Insane asylums Bombay 1873-77 - 1873-1877
Year: 1873
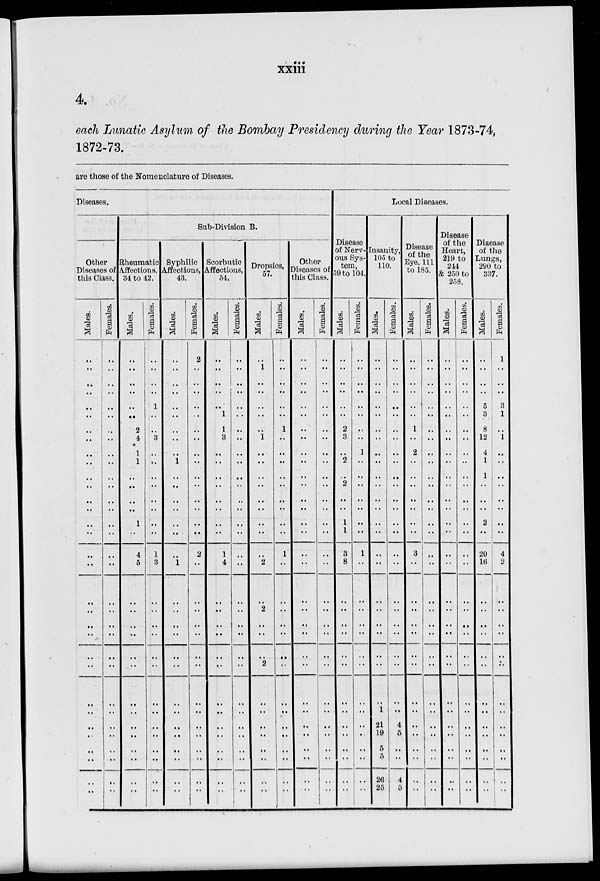
xxiii
4.
each Lunatic Asylum of the Bombay Presidency during the Year 1873-74,
1872-73.
are those of the Nomenclature of Diseases.
Diseases.
Other
Diseases of
this Class.
Males.
..
..
..
..
..
..
..
..
..
..
..
..
..
..
..
..
..
..
..
..
..
..
..
..
..
..
..
..
..
..
..
..
Females.
..
..
..
..
..
..
..
..
..
..
..
..
..
..
..
..
..
..
..
..
..
..
..
..
..
..
..
..
..
..
..
..
Sub-Division B.
Rheumatic
Affections,
34 to 42.
Males.
..
..
..
..
..
..
2
4
1
1
..
..
..
..
1
..
4
5
..
..
..
..
..
..
..
..
..
..
..
..
..
..
Females.
..
..
..
..
1
..
..
3
..
..
..
..
..
..
..
..
1
3
..
..
..
..
..
..
..
..
..
..
..
..
..
..
Syphilic
Affections,
43.
Males.
..
..
..
..
..
..
..
..
..
1
..
..
..
..
..
..
..
1
..
..
..
..
..
..
..
..
..
..
..
..
..
..
Females.
2
..
..
..
..
..
..
..
..
..
..
..
..
..
..
..
2
..
..
..
..
..
..
..
..
..
..
..
..
..
..
..
Scorbutic
Affections,
54.
Males.
..
..
..
..
..
1
1
3
..
..
..
..
..
..
..
..
1
4
..
..
..
..
..
..
..
..
..
..
..
..
..
..
Females.
..
..
..
..
..
..
..
..
..
..
..
..
..
..
..
..
..
..
..
..
..
..
..
..
..
..
..
..
..
..
..
..
Dropsies,
57.
Males.
..
1
..
..
..
..
..
1
..
..
..
..
..
..
..
..
..
2
..
2
..
..
..
2
..
..
..
..
..
..
..
..
Females.
..
..
..
..
..
..
1
..
..
..
..
..
..
..
..
..
1
..
..
..
..
..
..
..
..
..
..
..
..
..
..
..
Other
Diseases of
this Class.
Males.
..
..
..
..
..
..
..
..
..
..
..
..
..
..
..
..
..
..
..
..
..
..
..
..
..
..
..
..
..
..
..
..
Females.
..
..
..
..
..
..
..
..
..
..
..
..
..
..
..
..
..
..
..
..
..
..
..
..
..
..
..
..
..
..
..
..
Local Diseases.
Disease
of Nerv-
ous Sys-
tem,
59 to 104.
Males.
..
..
..
..
..
..
2
3
..
2
..
2
..
..
1
1
3
8
..
..
..
..
..
..
..
..
..
..
..
..
..
..
Females.
..
..
..
..
..
..
..
..
1
..
..
..
..
..
..
..
1
..
..
..
..
..
..
..
..
..
..
..
..
..
..
..
Insanity,
105 to
110.
Males.
..
..
..
..
..
..
..
..
..
..
..
..
..
..
..
..
..
..
..
..
..
..
..
..
..
1
21
19
..
..
26
25
Females.
..
..
..
..
..
..
..
..
..
..
..
..
..
..
..
..
..
..
..
..
..
..
..
..
..
..
4
5
..
..
4
5
Disease
of the
Eye, 111
to 185.
Males.
..
..
..
..
..
..
1
..
2
..
..
..
..
..
..
..
3
..
..
..
..
..
..
..
..
..
..
..
..
..
..
..
Females.
..
..
..
..
..
..
..
..
..
..
..
..
..
..
..
..
..
..
..
..
..
..
..
..
..
..
..
..
..
..
..
..
Disease
of the
Heart,
219 to
214
& 250 to
258.
Males.
..
..
..
..
..
..
..
..
..
..
..
..
..
..
..
..
..
..
..
..
..
..
..
..
..
..
..
..
..
..
..
..
Females.
..
..
..
..
..
..
..
..
..
..
..
..
..
..
..
..
..
..
..
..
..
..
..
..
..
..
..
..
..
..
..
..
Disease
of the
Lungs,
290 to
337.
Males.
..
..
..
..
5
3
8
12
4
1
1
..
..
..
2
..
20
16
..
..
..
..
..
..
..
..
..
..
..
..
..
..
Females.
1
..
..
..
3
1
..
1
..
..
..
..
..
..
..
..
4
2
..
..
..
..
..
..
..
..
..
..
..
..
..
..